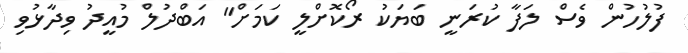
ފުލުހުން ވެސް ލަފާ ކުރަނީ ބަޔަކު ރޯކޮށްލީ ކަމަށް" އަބްދުލް މުއީދު ވިދާޅުވި